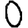
Digit: 0